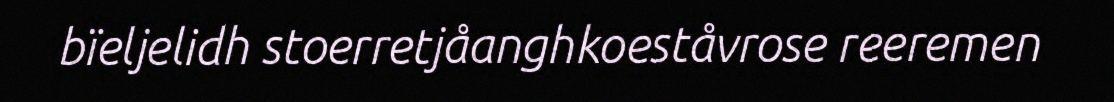
bïeljelidh stoerretjåanghkoeståvrose reeremen